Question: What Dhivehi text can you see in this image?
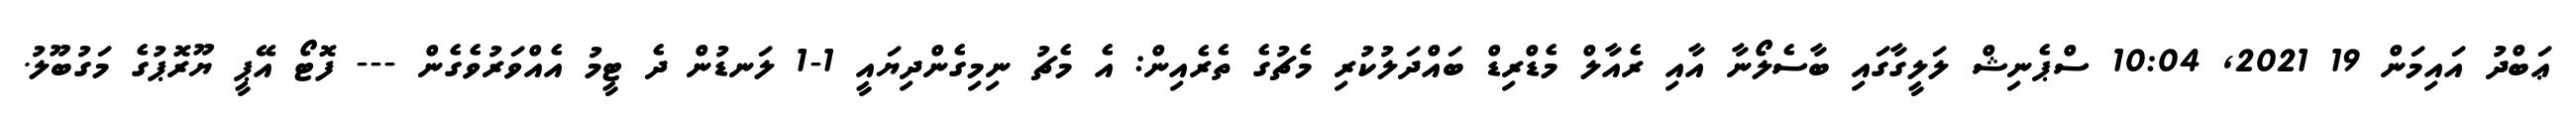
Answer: ޢަބްދު އައިމަން 19 2021, 10:04 ސްޕެނިޝް ލަލީގާގައި ބާސެލޯނާ އާއި ރެއާލް މެޑްރިޑް ބައްދަލުކުރި މެޗުގެ ތެރެއިން: އެ މެޗު ނިމިގެންދިޔައީ 1-1 ލަނޑުން ދެ ޓީމު އެއްވަރުވެގެން --- ފޮޓޯ އޭޕީ ޔޫރޮޕުގެ މަގުބޫލު.